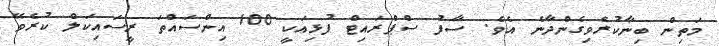
މަތިން ބިނާކުރެވިގެންދާނެ އެވެ. ސާފު ސްޕްރައިޓް ފުޅިއަކީ 100 އިންސައްތަ ރީސައިކަލް ކުރެވޭ